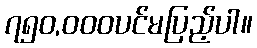
၇၅၀,၀၀၀ပင်မပြည့်ပါ။